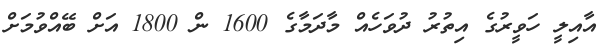
އާއިލީ ހަވީރުގެ އިތުރު ދުވަހެއް މާދަމާގެ 1600 ން 1800 އަށް ބޭއްވުމަށް